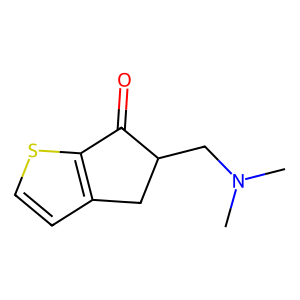
SMILES: CN(C)CC1Cc2ccsc2C1=O
Inhibits HIV replication: No